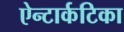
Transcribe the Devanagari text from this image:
ऐन्टार्कटिका